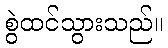
စွဲထင်သွားသည်။